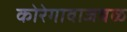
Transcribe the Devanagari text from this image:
कोरेगावाजवळ